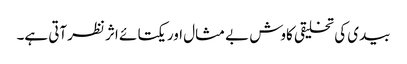
بیدی کی تخلیقی کاوش بے مثال اور یکتا ئے اثر نظرآتی ہے۔